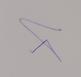
Signature authenticity: genuine